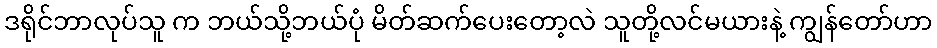
ဒရိုင်ဘာလုပ်သူ က ဘယ်သို့ဘယ်ပုံ မိတ်ဆက်ပေးတော့လဲ သူတို့လင်မယားနဲ့ ကျွန်တော်ဟာ